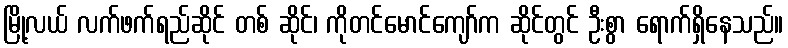
မြို့လယ် လက်ဖက်ရည်ဆိုင် တစ် ဆိုင်၊ ကိုတင်မောင်ကျော်က ဆိုင်တွင် ဦးစွာ ရောက်ရှိနေသည်။